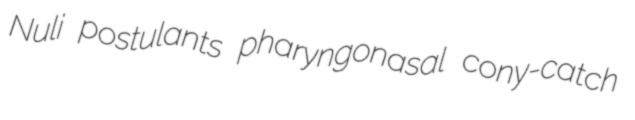
Nuli postulants pharyngonasal cony-catch